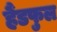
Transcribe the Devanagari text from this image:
हैंडफुल